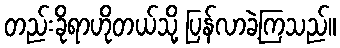
တည်းခိုရာဟိုတယ်သို့ ပြန်လာခဲ့ကြသည်။